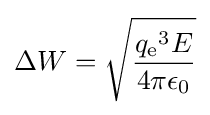
\Delta W={\sqrt {{q_{\text{e}}}^{3}E \over 4\pi \epsilon _{0}}}